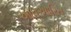
આધઆરિત